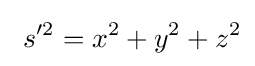
~s'^{2}=x^{2}+y^{2}+z^{2}